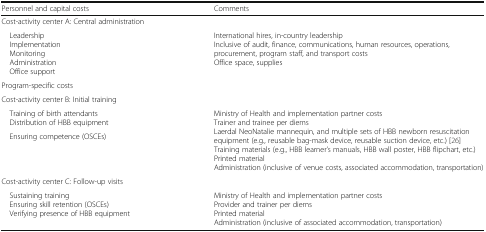
<table><thead><tr><td><b>Personnel and capital costs</b></td><td><b>Comments</b></td></tr></thead><tbody><tr><td colspan="2">Cost-activity center A: Central administration</td></tr><tr><td> Leadership Implementation Monitoring Administration Office support</td><td>International hires, in-country leadershipInclusive of audit, finance, communications, human resources, operations, procurement, program staff, and transport costsOffice space, supplies</td></tr><tr><td>Program-specific costs</td><td></td></tr><tr><td colspan="2">Cost-activity center B: Initial training</td></tr><tr><td> Training of birth attendants Distribution of HBB equipment</td><td rowspan="2">Ministry of Health and implementation partner costsTrainer and trainee per diemsLaerdal NeoNatalie mannequin, and multiple sets of HBB newborn resuscitation equipment (e.g., reusable bag-mask device, reusable suction device, etc.) [26]Training materials (e.g., HBB learner’s manuals, HBB wall poster, HBB flipchart, etc.)Printed materialAdministration (inclusive of venue costs, associated accommodation, transportation)</td></tr><tr><td> Ensuring competence (OSCEs)</td></tr><tr><td colspan="2">Cost-activity center C: Follow-up visits</td></tr><tr><td> Sustaining training Ensuring skill retention (OSCEs) Verifying presence of HBB equipment</td><td>Ministry of Health and implementation partner costsProvider and trainer per diemsPrinted materialAdministration (inclusive of associated accommodation, transportation)</td></tr></tbody></table>